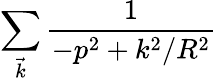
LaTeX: \sum_{\vec{k}}\frac{1}{-p^{2}+k^{2}/R^{2}}